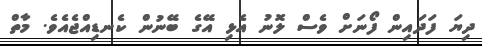
ދިޔަ ފަދައިން ފޯނަށް ވެސް ލޮނު އެޅި އޭގެ ބޭނުން ކެނޑިއްޖެއެވެ. މާތް